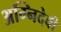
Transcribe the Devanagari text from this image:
अग्निदेवी